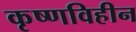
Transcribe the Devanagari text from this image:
कृष्णविहीन